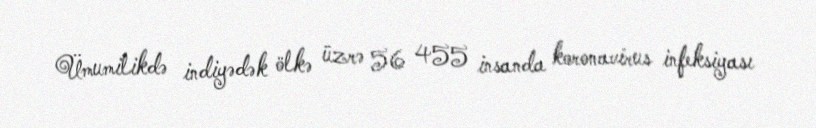
Ümumilikdə indiyədək ölkə üzrə 56 455 insanda koronavirus infeksiyası